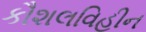
કૌશલવિહીન